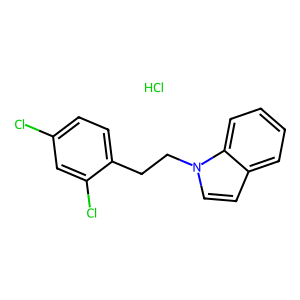
SMILES: Cl.Clc1ccc(CCn2ccc3ccccc32)c(Cl)c1
Inhibits HIV replication: No